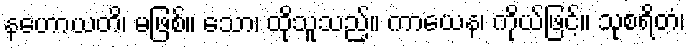
နဟောယတိ၊ မဖြစ်။ သော၊ ထိုသူသည်။ ကာယေန၊ ကိုယ်ဖြင့်။ သုစရိတံ၊